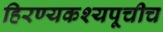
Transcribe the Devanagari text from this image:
हिरण्यकश्यपूचीच